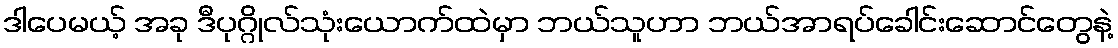
ဒါပေမယ့် အခု ဒီပုဂ္ဂိုလ်သုံးယောက်ထဲမှာ ဘယ်သူဟာ ဘယ်အာရပ်ခေါင်းဆောင်တွေနဲ့